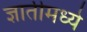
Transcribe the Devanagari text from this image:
ज्ञातीमध्ये